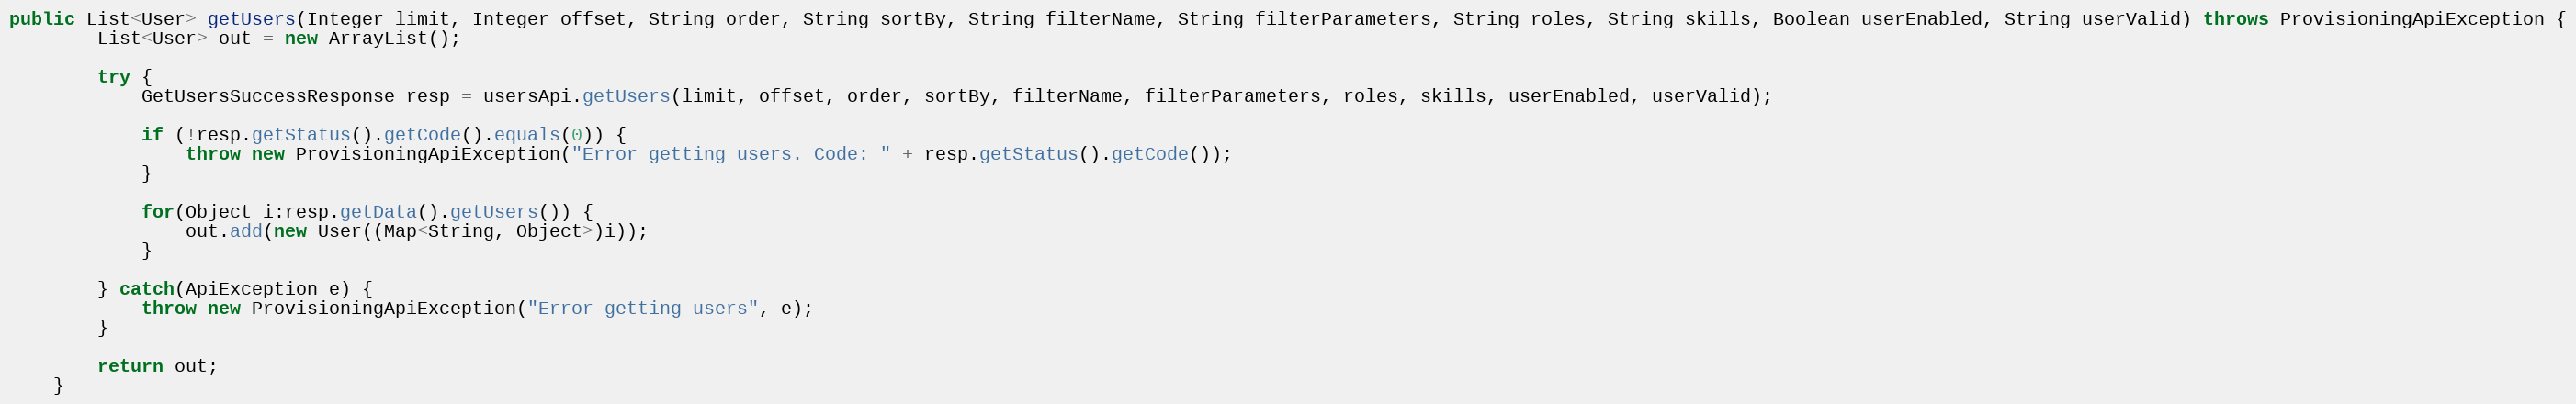
Language: Java
public List<User> getUsers(Integer limit, Integer offset, String order, String sortBy, String filterName, String filterParameters, String roles, String skills, Boolean userEnabled, String userValid) throws ProvisioningApiException {
		List<User> out = new ArrayList();

		try {
			GetUsersSuccessResponse resp = usersApi.getUsers(limit, offset, order, sortBy, filterName, filterParameters, roles, skills, userEnabled, userValid);

			if (!resp.getStatus().getCode().equals(0)) {
				throw new ProvisioningApiException("Error getting users. Code: " + resp.getStatus().getCode());
			}

			for(Object i:resp.getData().getUsers()) {
				out.add(new User((Map<String, Object>)i));
			}

        } catch(ApiException e) {
        	throw new ProvisioningApiException("Error getting users", e);
        }

        return out;
	}